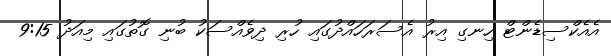
އެއެކްސިޑެންޓް ހިނގި އިރު އެސަރަހައްދުގައި ހުރި ދިވެއްސަކު ބުނި ގޮތުގައި މިއަދު 9:15